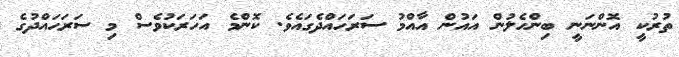
ތުރުކީ އޮންނަނީ ބިންހެލުން އައުން އާއްމު ސަރަހައްދެގައެވެ. ކޮންމެ އަހަރަކުވެސް މި ސަރަޙައްދުގެ